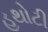
હથોટી